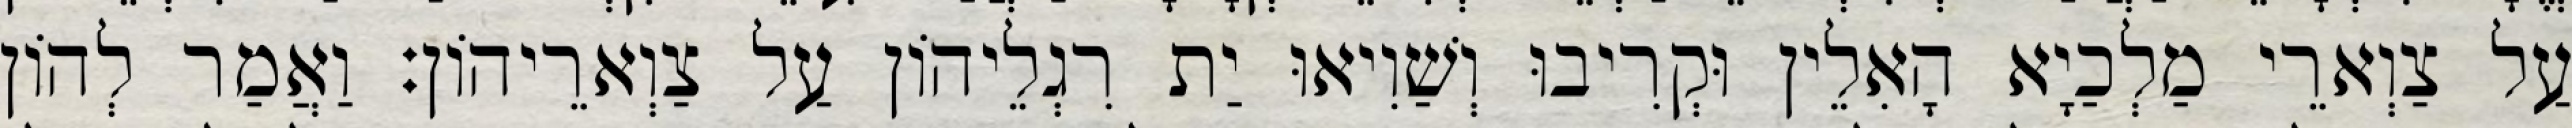
עַל צַוְארֵי מַלְכַיָא הָאִלֵין וּקְרִיבוּ וְשַׁוִיאוּ יַת רִגְלֵיהוֹן עַל צַוְארֵיהוֹן׃ וַאֲמַר לְהוֹן